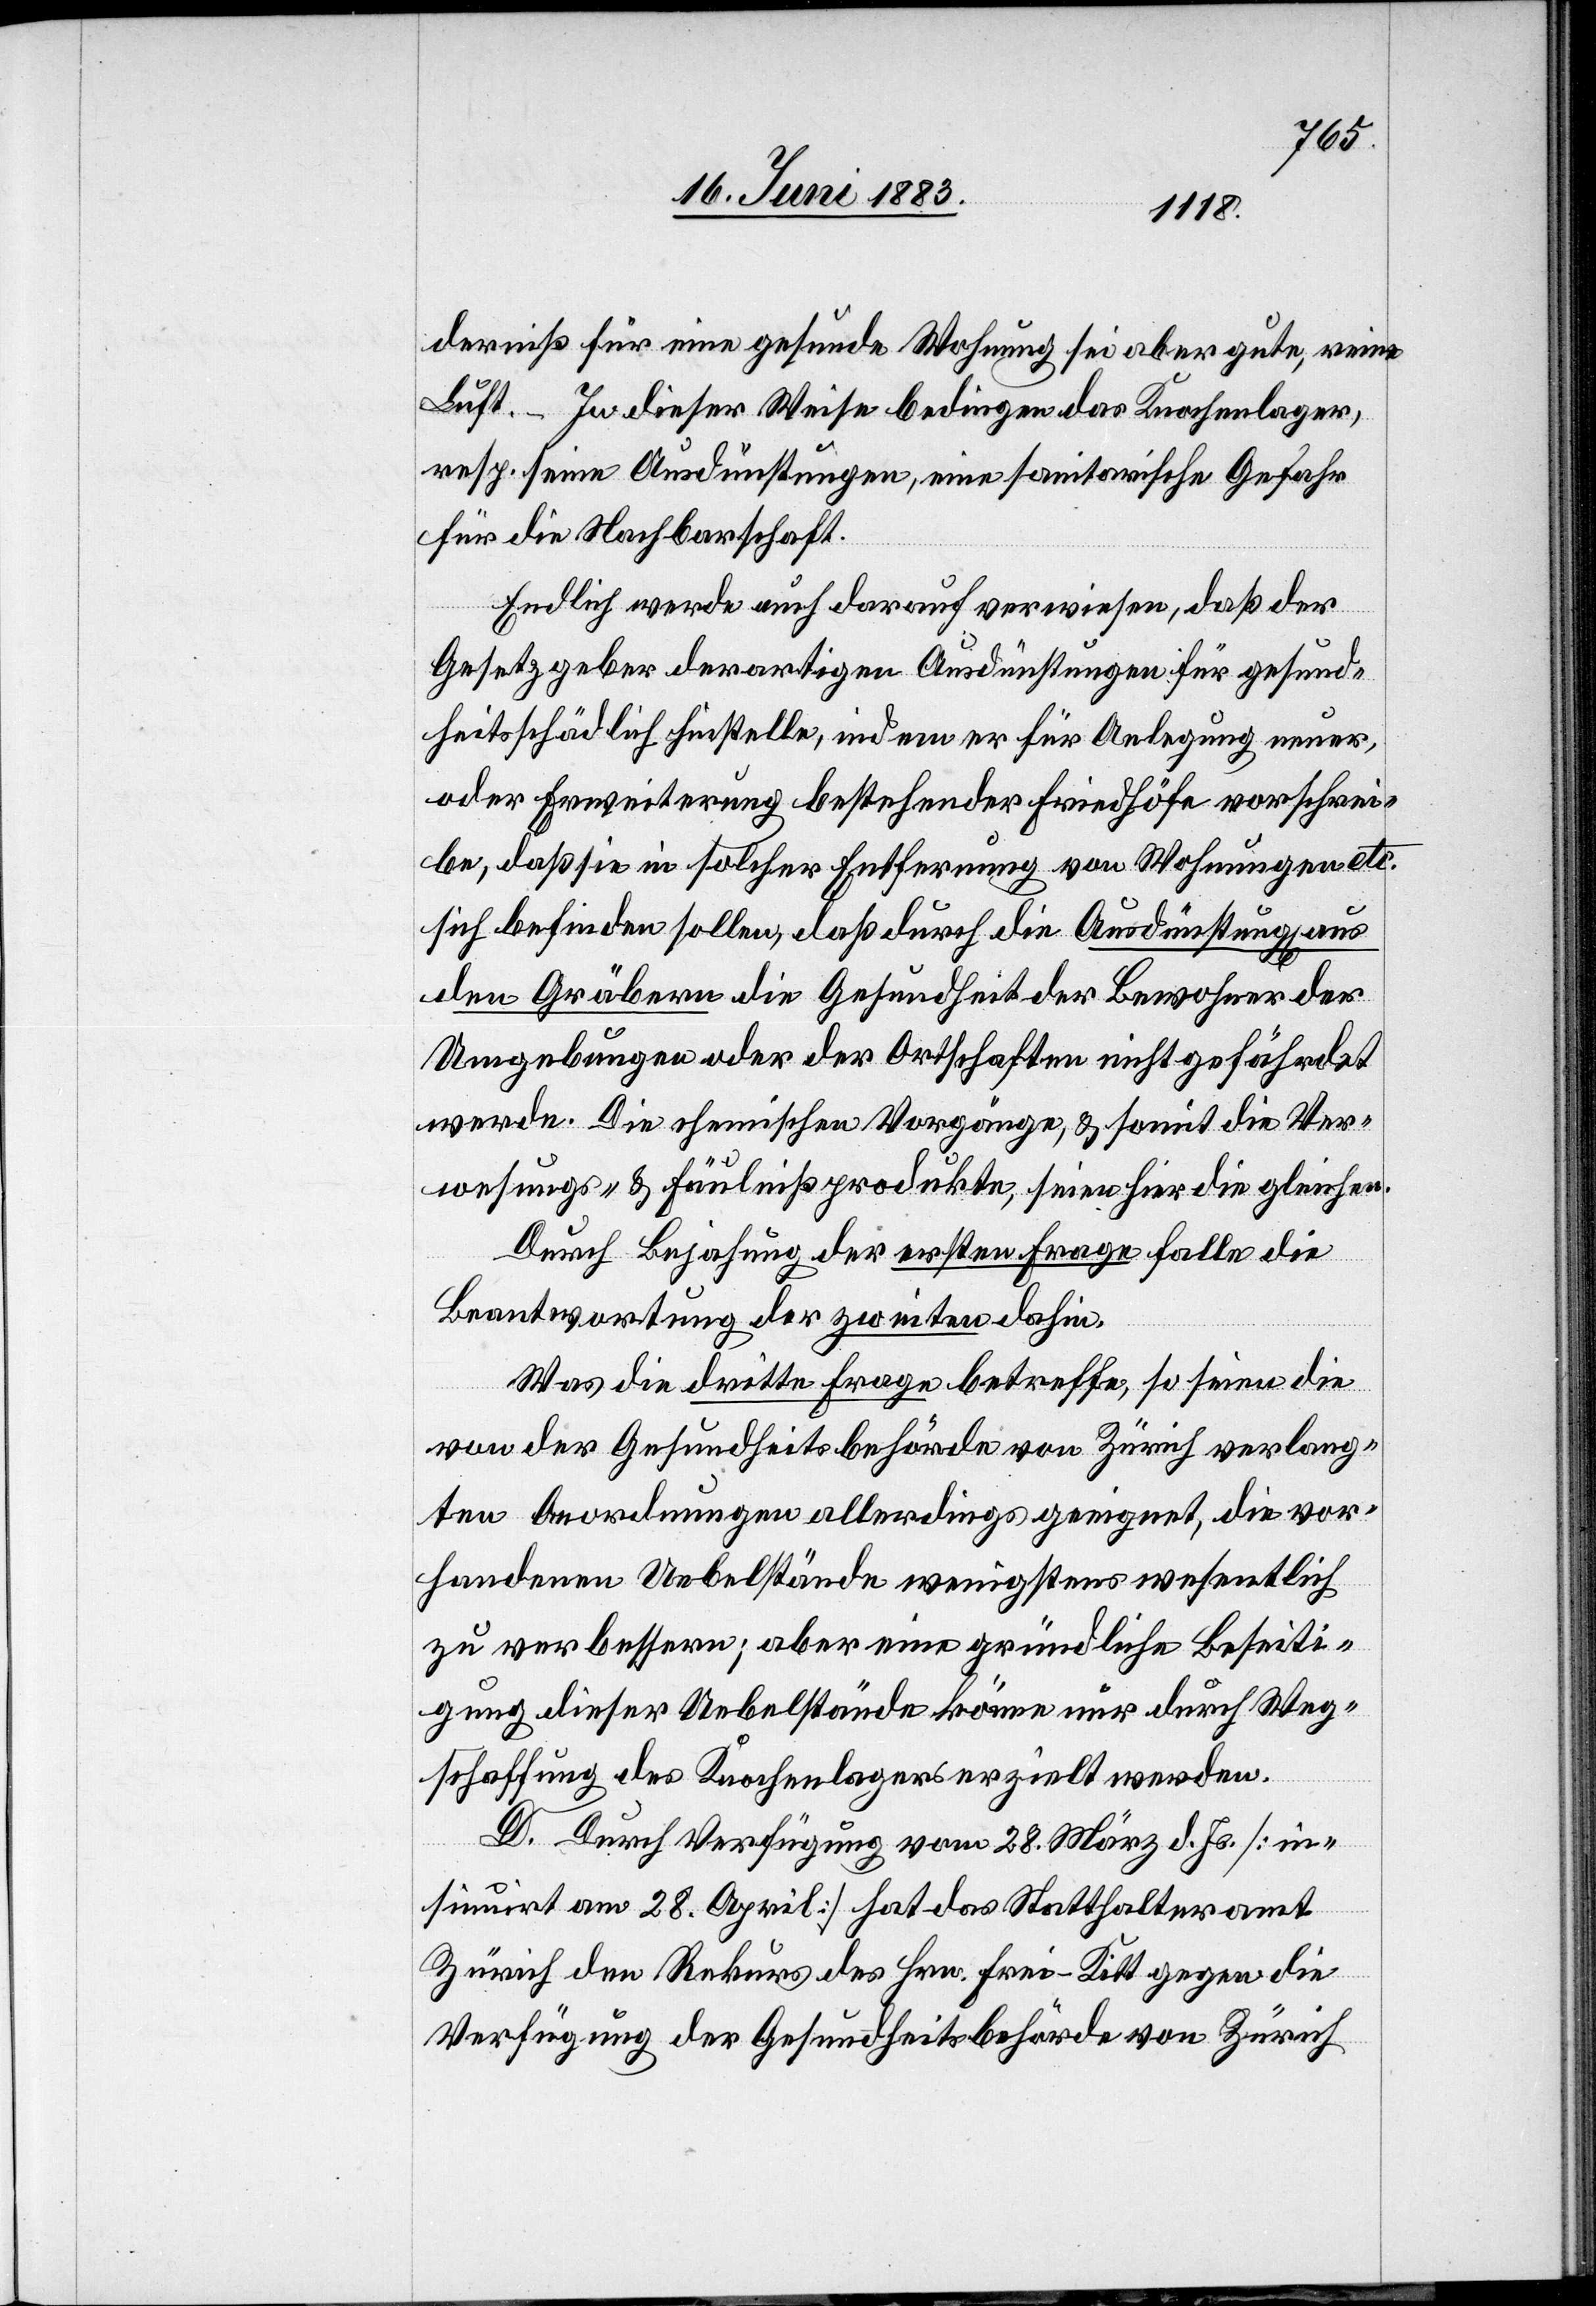
derniß für eine gesunde Wohnung sei aber gute, reine
Luft. – In dieser Weise bedingen das Knochenlager,
resp. seine Ausdünstungen, eine sanitarische Gefahr
für die Nachbarschaft.
Endlich werde auch darauf verwiesen, daß der
Gesetzgeber derartigen Ausdünstungen für gesund¬
heitsschädlich hinstelle, indem er für Anlegung neuer,
oder Erweiterung bestehender Friedhöfe vorschrei¬
be, daß sie in solcher Entfernung von Wohnungen etc.
sich befinden sollen, daß durch die Ausdünstung[en]
den Gräbern die Gesundheit der Bewohner der
Umgebungen oder der Ortschaften nicht gefährdet
werde. Die chemischen Vorgänge, & somit die Ver¬
wesungs- & Fäulnißprodukte, seien hier die gleichen.
Durch Bejahung der ersten Frage falle die
Beantwortung der zweiten dahin.
Was die dritte Frage betreffe, so seien die
von der Gesundheitsbehörde von Zürich verlang¬
ten Anordnungen allerdings geeignet, die vor¬
handenen Uebelstände wenigstens wesentlich
zu verbessern; aber eine gründliche Beseiti¬
gung dieser Uebelstände könne nur durch Weg¬
schaffung des Knochenlagers erzielt werden.
aus
D. Durch Verfügung vom 28. März d. Js. [in¬
sinuirt am 28. April] hat das Statthalteramt
Zürich den Rekurs des Hrn. Frei-Kitt gegen die
Verfügung der Gesundheitsbehörde von Zürich